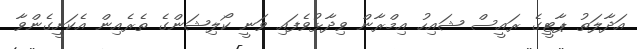
އަދާލަތު ޕާޓީގެ ރައީސް ޝައިހު އިމްރާން ވިދާޅުވެފައި ވަނީ ކޯލިޝަންގެ ތެރެއިން އެކަށީގެންވާ